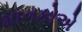
માનકોએ